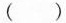
( )